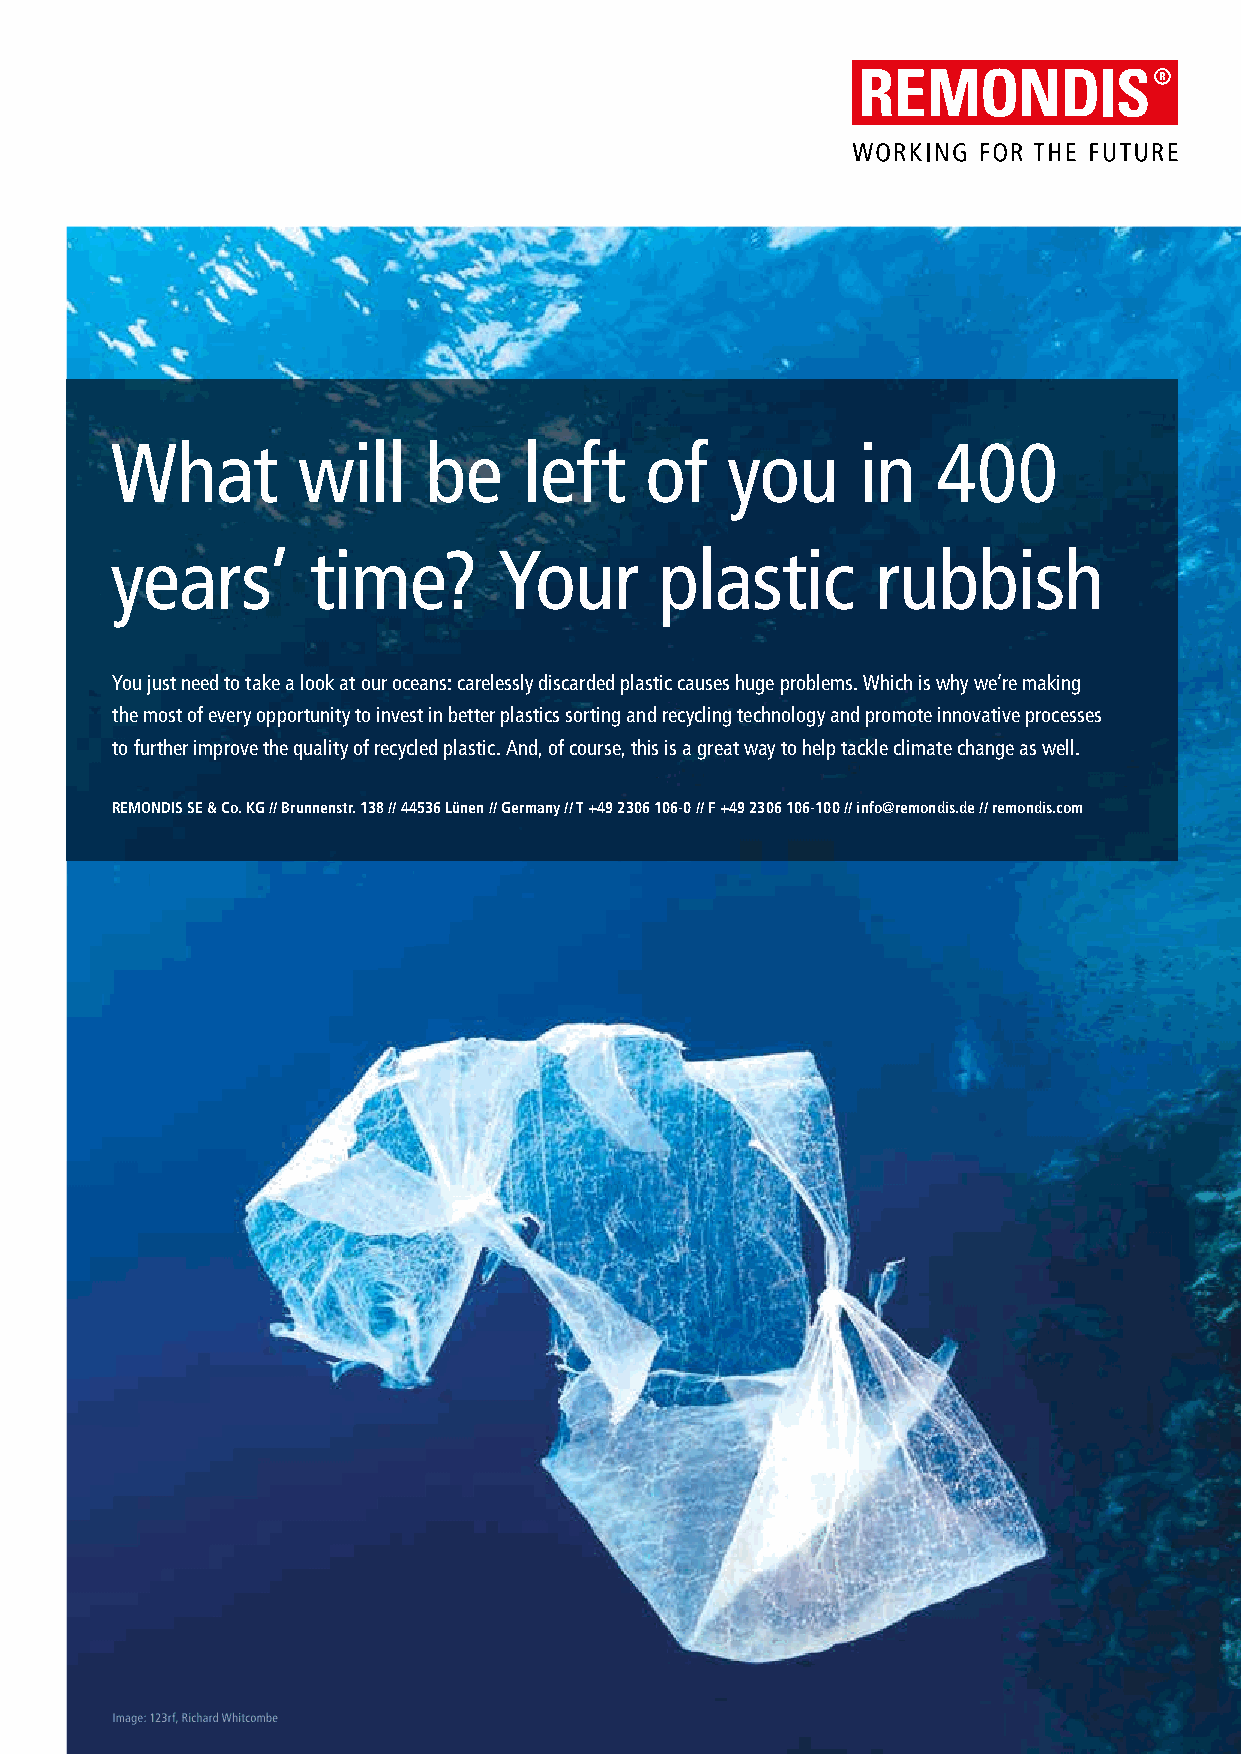
What         will    be     left    of   you      in   400
 years’       time?        Your       plastic       rubbish
 You just need to take a look at our oceans: carelessly discarded plastic causes huge problems. Which is why we’re making
 the most of every opportunity to invest in better plastics sorting and recycling technology and promote innovative processes
 to further improve the quality of recycled plastic. And, of course, this is a great way to help tackle climate change as well.
 REMONDIS SE & Co. KG // Brunnenstr. 138 // 44536 Lünen // Germany // T +49 2306 106-0 // F +49 2306 106-100 // info@remondis.de // remondis.com